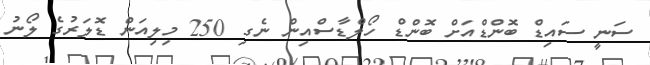
ސަނީ ސައިޑް ބޮންޑްއަށް ބޮންޑް ހޯލްޑާސްއިން ނެގި 250 މިލިއަން ޑޮލަރުގެ ލޯނު